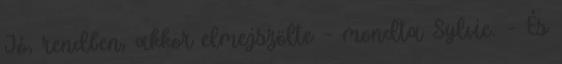
Jó, rendben, akkor elmejszölte – mondta Sylvie. – És